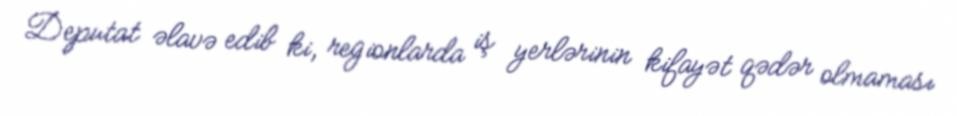
Deputat əlavə edib ki, regionlarda iş yerlərinin kifayət qədər olmaması